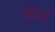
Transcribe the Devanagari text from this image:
॥मिर्च